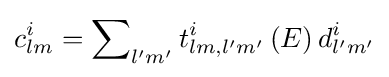
c_{lm}^{i}=\sum \nolimits _{l'm'}{t_{lm,l'm'}^{i}\left(E\right)d_{l'm'}^{i}}